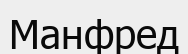
Манфред